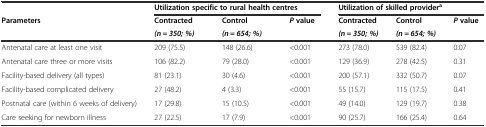
<table><thead><tr><td></td><td colspan="3"><b>Utilization specific to rural health centres</b></td><td colspan="3"><b>Utilization of skilled provider<sup>a</sup></b></td></tr><tr><td rowspan="2"><b>Parameters</b></td><td><b>Contracted</b></td><td><b>Control</b></td><td rowspan="2"><b><i>P</i>value</b></td><td><b>Contracted</b></td><td><b>Control</b></td><td rowspan="2"><b><i>P</i>value</b></td></tr><tr><td><b><i>(n = 350; %)</i></b></td><td><b><i>(n = 654; %)</i></b></td><td><b><i>(n = 350; %)</i></b></td><td><b><i>(n = 654; %)</i></b></td></tr></thead><tbody><tr><td>Antenatal care at least one visit</td><td>209 (75.5)</td><td>148 (26.6)</td><td>&lt;0.001</td><td>273 (78.0)</td><td>539 (82.4)</td><td>0.07</td></tr><tr><td>Antenatal care three or more visits</td><td>106 (82.2)</td><td>79 (28.0)</td><td>&lt;0.001</td><td>129 (36.9)</td><td>278 (42.5)</td><td>0.31</td></tr><tr><td>Facility-based delivery (all types)</td><td>81 (23.1)</td><td>30 (4.6)</td><td>&lt;0.001</td><td>200 (57.1)</td><td>332 (50.7)</td><td>0.07</td></tr><tr><td>Facility-based complicated delivery</td><td>27 (48.2)</td><td>4 (3.3)</td><td>&lt;0.001</td><td>55 (15.7)</td><td>115 (17.5)</td><td>0.41</td></tr><tr><td>Postnatal care (within 6 weeks of delivery)</td><td>17 (29.8)</td><td>15 (10.5)</td><td>&lt;0.001</td><td>49 (14.0)</td><td>129 (19.7)</td><td>0.38</td></tr><tr><td>Care seeking for newborn illness</td><td>27 (22.5)</td><td>17 (7.9)</td><td>&lt;0.001</td><td>90 (25.7)</td><td>166 (25.4)</td><td>0.64</td></tr></tbody></table>